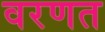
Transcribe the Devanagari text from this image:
वरणत